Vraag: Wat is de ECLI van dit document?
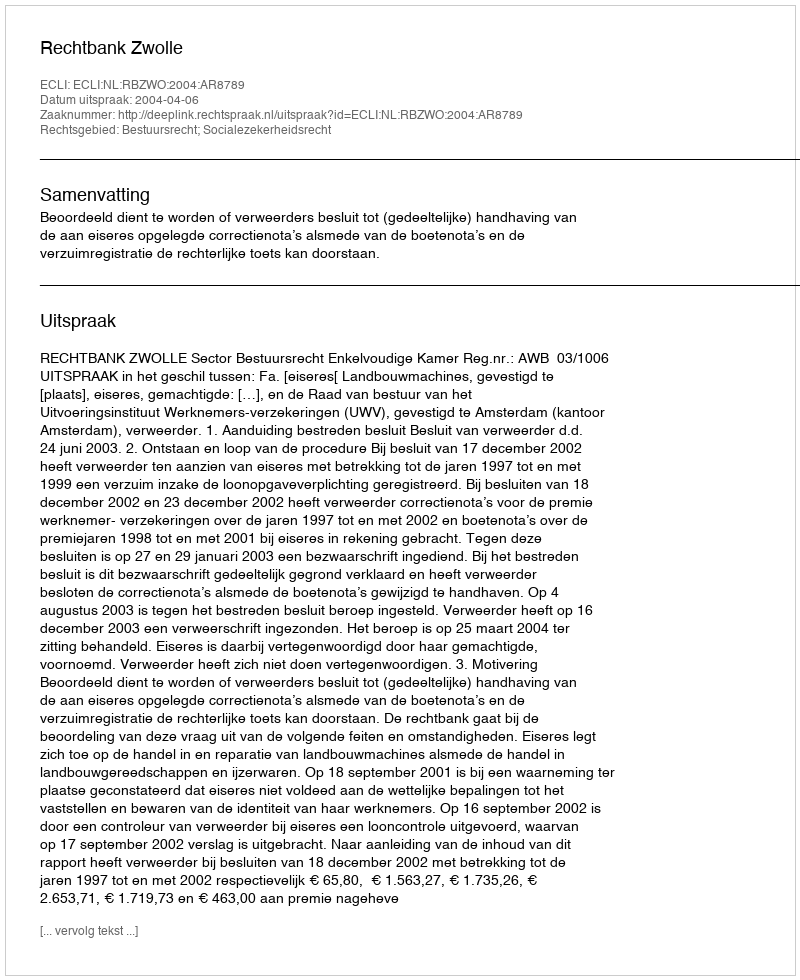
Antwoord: ECLI:NL:RBZWO:2004:AR8789